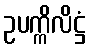
ဥပက္ကိလိဋ္ဌံ